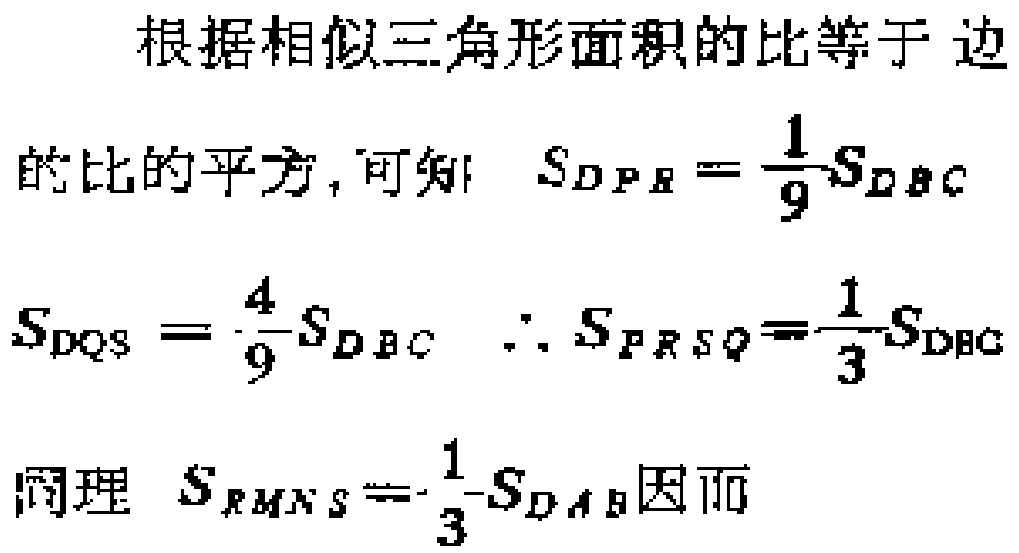
根据相似三角形面积的比等于 边
的比的平方, 可知 \(S_{\triangle PQR}=\frac{1}{9}S_{\triangle ABC}\)
\(S_{\triangle QRS}=\frac{4}{9}S_{\triangle ABC}\ \therefore S_{PQSR}=\frac{1}{3}S_{\triangle ABC}\)
同理 \(S_{RMNS}=\frac{1}{3}S_{\triangle AB}\)因而